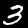
Digit: 3